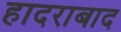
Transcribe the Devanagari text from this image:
हादराबाद